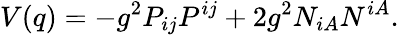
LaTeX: V(q)=-g^{2}P_{ij}P^{ij}+2g^{2}N_{iA}N^{iA}.